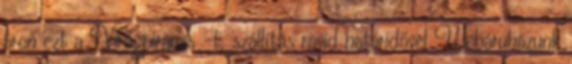
áron ezt a Virágpiramis -t, szállítás rövid határidővel Webáruházunk